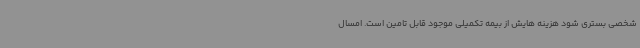
شخصی بستری شود هزینه هایش از بیمه تکمیلی موجود قابل تامین است. امسال